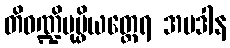
တိဝဏ္ဍိပုပ္ဖိယတ္ထေရ အပဒါန